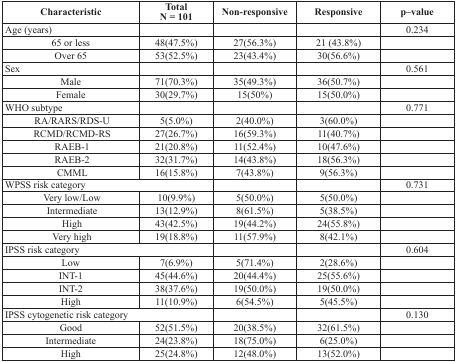
<table><thead><tr><td><b>Characteristic</b></td><td><b>TotalN = 101</b></td><td><b>Non-responsive</b></td><td><b>Responsive</b></td><td><b>p–value</b></td></tr></thead><tbody><tr><td>Age (years)</td><td></td><td></td><td></td><td>0.234</td></tr><tr><td>65 or less</td><td>48(47.5%)</td><td>27(56.3%)</td><td>21 (43.8%)</td><td></td></tr><tr><td>Over 65</td><td>53(52.5%)</td><td>23(43.4%)</td><td>30(56.6%)</td><td></td></tr><tr><td>Sex</td><td></td><td></td><td></td><td>0.561</td></tr><tr><td>Male</td><td>71(70.3%)</td><td>35(49.3%)</td><td>36(50.7%)</td><td></td></tr><tr><td>Female</td><td>30(29.7%)</td><td>15(50%)</td><td>15(50.0%)</td><td></td></tr><tr><td>WHO subtype</td><td></td><td></td><td></td><td>0.771</td></tr><tr><td>RA/RARS/RDS-U</td><td>5(5.0%)</td><td>2(40.0%)</td><td>3(60.0%)</td><td></td></tr><tr><td>RCMD/RCMD-RS</td><td>27(26.7%)</td><td>16(59.3%)</td><td>11(40.7%)</td><td></td></tr><tr><td>RAEB-1</td><td>21(20.8%)</td><td>11(52.4%)</td><td>10(47.6%)</td><td></td></tr><tr><td>RAEB-2</td><td>32(31.7%)</td><td>14(43.8%)</td><td>18(56.3%)</td><td></td></tr><tr><td>CMML</td><td>16(15.8%)</td><td>7(43.8%)</td><td>9(56.3%)</td><td></td></tr><tr><td colspan="2">WPSS risk category</td><td></td><td></td><td>0.731</td></tr><tr><td>Very low/Low</td><td>10(9.9%)</td><td>5(50.0%)</td><td>5(50.0%)</td><td></td></tr><tr><td>Intermediate</td><td>13(12.9%)</td><td>8(61.5%)</td><td>5(38.5%)</td><td></td></tr><tr><td>High</td><td>43(42.5%)</td><td>19(44.2%)</td><td>24(55.8%)</td><td></td></tr><tr><td>Very high</td><td>19(18.8%)</td><td>11(57.9%)</td><td>8(42.1%)</td><td></td></tr><tr><td colspan="2">IPSS risk category</td><td></td><td></td><td>0.604</td></tr><tr><td>Low</td><td>7(6.9%)</td><td>5(71.4%)</td><td>2(28.6%)</td><td></td></tr><tr><td>INT-1</td><td>45(44.6%)</td><td>20(44.4%)</td><td>25(55.6%)</td><td></td></tr><tr><td>INT-2</td><td>38(37.6%)</td><td>19(50.0%)</td><td>19(50.0%)</td><td></td></tr><tr><td>High</td><td>11(10.9%)</td><td>6(54.5%)</td><td>5(45.5%)</td><td></td></tr><tr><td colspan="2">IPSS cytogenetic risk category</td><td></td><td></td><td>0.130</td></tr><tr><td>Good</td><td>52(51.5%)</td><td>20(38.5%)</td><td>32(61.5%)</td><td></td></tr><tr><td>Intermediate</td><td>24(23.8%)</td><td>18(75.0%)</td><td>6(25.0%)</td><td></td></tr><tr><td>High</td><td>25(24.8%)</td><td>12(48.0%)</td><td>13(52.0%)</td><td></td></tr></tbody></table>